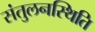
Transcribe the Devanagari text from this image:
संतुलनस्थिति